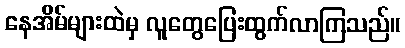
နေအိမ်များထဲမှ လူတွေပြေးထွက်လာကြသည်။